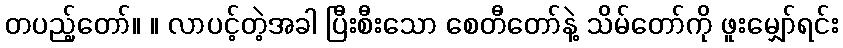
တပည့်တော်။ ။ လာပင့်တဲ့အခါ ပြီးစီးသော စေတီတော်နဲ့ သိမ်တော်ကို ဖူးမျှော်ရင်း